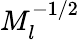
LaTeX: M_{l}^{-1/2}